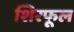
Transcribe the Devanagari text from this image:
शिरफूल